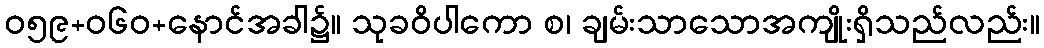
ဝ၅၉+၀၆ဝ+နောင်အခါ၌။ သုခဝိပါကော စ၊ ချမ်းသာသောအကျိုးရှိသည်လည်း။